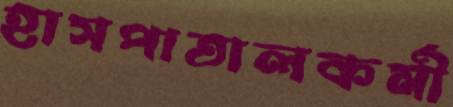
হাসপাতালকর্মী